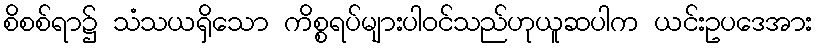
စိစစ်ရာ၌ သံသယရှိသော ကိစ္စရပ်များပါဝင်သည်ဟုယူဆပါက ယင်းဥပဒေအား